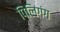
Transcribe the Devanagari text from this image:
पिलिगंग